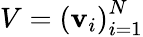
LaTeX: V=\left(\mathbf{v}_{i}\right)_{i=1}^{N}